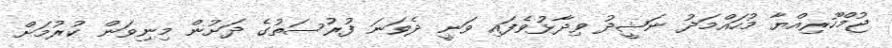
ޖުމްހޫރިއްޔާ މުހައްމަދު ނަޝީދު ވިދާޅުވެފައި ވަނީ ދެވަނަ ފުރުސަތުގެ ދަށުން މިނިވަން ކުރުމަށް